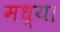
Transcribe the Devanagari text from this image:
मध्य।